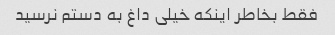
فقط بخاطر اینکه خیلی داغ به دستم نرسید